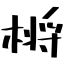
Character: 㯍